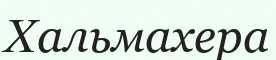
Хальмахера